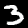
Label: 3